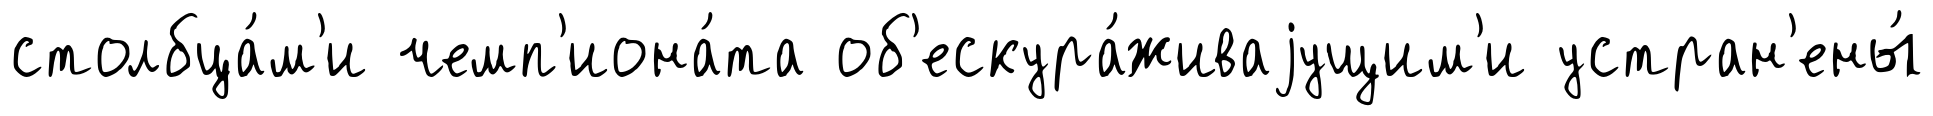
столбца́м'и чемп'иона́та об'ескура́живаjущим'и устран'ены́